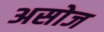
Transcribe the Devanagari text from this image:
असोज